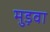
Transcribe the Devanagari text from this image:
मुड़वा